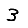
Digit: 3